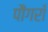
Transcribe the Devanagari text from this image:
पौंगराँ